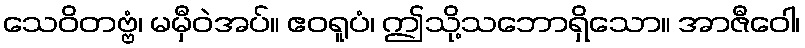
သေဝိတဗ္ဗံ၊ မမှီဝဲအပ်။ ဧဝရူပံ၊ ဤသို့သဘောရှိသော။ အာဇီဝေါ၊